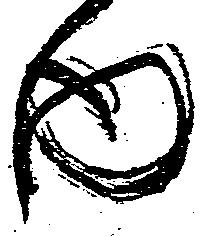
内